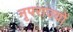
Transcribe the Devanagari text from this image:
नृपराज्यों